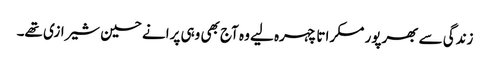
زندگی سے بھرپور مسکراتا چہرہ لیے وہ آج بھی وہی پرانے حسین شیرازی تھے۔